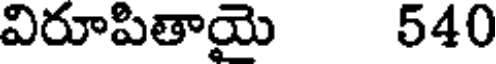
విరూపితాయై 540